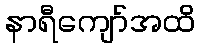
နာရီကျော်အထိ